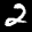
Label: 2